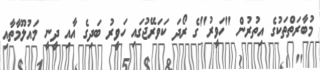
މުބާރަތްތަކުގެ އިތުރުން "ހަވީރު"ގެ ރޯދަ ކަވަރޭޖުގައި ހަވީރު ބަދިގެ އާއި ދީނީ މައުލޫމާތާއި